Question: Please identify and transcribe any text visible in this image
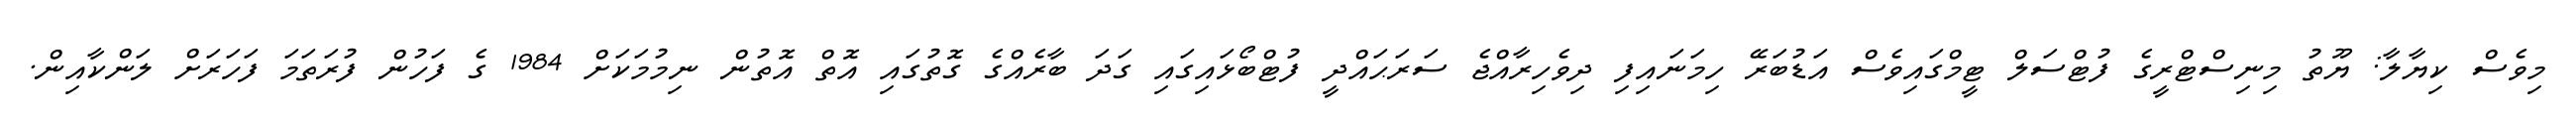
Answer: މިވެސް ކިޔާލާ: ޔޫތު މިނިސްޓްރީގެ ފުޓްސަލް ޓީމްގައިވެސް އަޑުބަރޭ ހިމަނައިފި ދިވެހިރާއްޖެ ސަރަޙައްދީ ފުޓްބޯޅައިގައި ގަދަ ބާރެއްގެ ގޮތުގައި އޮތް އޮތުން ނިމުމަކަށް 1984 ގެ ފަހުން ފުރަތަމަ ފަހަރަށް ލަންކާއިން.